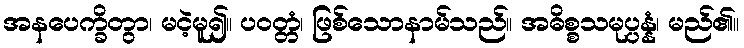
အနပေက္ခိတွာ၊ မငဲ့မူ၍။ ပဝတ္တံ၊ ဖြစ်သောနာမ်သည်။ အဓိစ္စသမုပ္ပန္နံ၊ မည်၏။